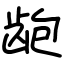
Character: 龅